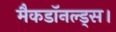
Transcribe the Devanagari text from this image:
मैकडॉनल्ड्स।